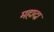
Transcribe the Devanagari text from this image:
महादा